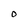
Character: o